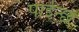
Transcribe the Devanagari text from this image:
पाईन्छ